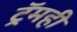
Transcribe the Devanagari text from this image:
ट्रॅमही